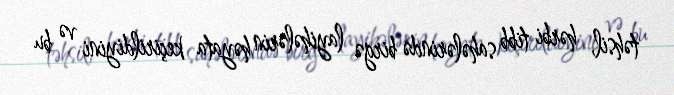
təhsil, hərbi tibb sahələrində birgə layihələrin həyata keçirildiyini və bu